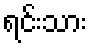
ရင်းသား